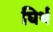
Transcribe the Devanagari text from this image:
घिर्थ